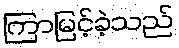
ကြာမြင့်ခဲ့သည်